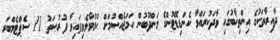
ދާއިރާތަކުގެ އިންތިޚާބުގައި ވާދަކުރައްވާ ކެންޑިޑޭޓުންގެ މަންދޫބުން ހަމަޖެއްސުމަށް ހުޅުވާލެވިފައިވާ ފުރުޞަތު 11 ސެޕްޓެމްބަރ